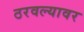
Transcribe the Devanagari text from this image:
ठरवल्यावर